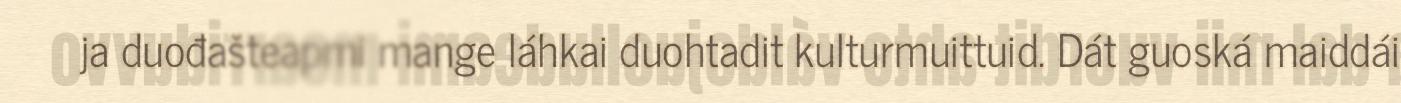
ja duođašteapmi mange láhkai duohtadit kulturmuittuid. Dát guoská maiddái